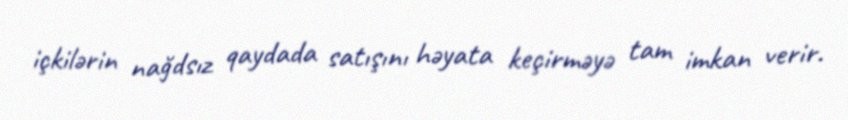
içkilərin nağdsız qaydada satışını həyata keçirməyə tam imkan verir.